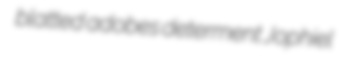
blatted adobes determent Jophiel